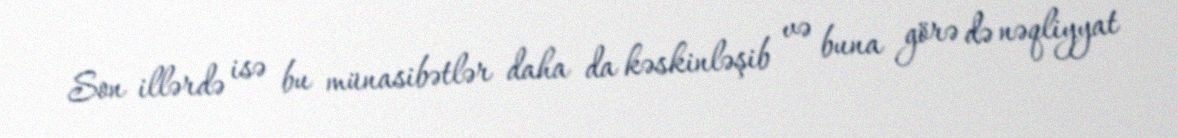
Son illərdə isə bu münasibətlər daha da kəskinləşib və buna görə də nəqliyyat